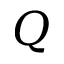
Q